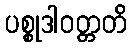
ပစ္စုဒါဝတ္တတိ